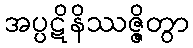
အပ္ပဋိနိဿဇ္ဇိတွာ